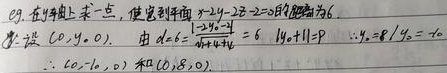
eg. 在 \(y\) 轴上求一点，使它到平面 \(x - 2y - 2z = 0\) 的距离为 6.
设 \((0,y_{0},0)\)，由 \(d = \frac{\vert 0 - 2y_{0}-0\vert}{\sqrt{1 + 4 + 4}} = 6\)，可得 \(\vert y_{0}\vert = 9\) ，\(\therefore y_{0} = 9\) 或 \(y_{0}=-9\)，\(\therefore\) 所求点为 \((0,-9,0)\) 和 \((0,9,0)\)